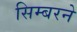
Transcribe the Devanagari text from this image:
सिम्बरने